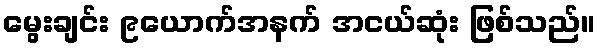
မွေးချင်း ၉ယောက်အနက် အငယ်ဆုံး ဖြစ်သည်။